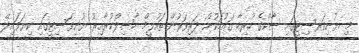
މި ޔުނިވަރސިޓީގައި ސާކްގެ ހުރިހާ ގައުމަކުން ދަރިވަރުން ތައުލީމް ހާސިލްކުރާއިރު ޔުނިވަސިޓީގައި ކިޔަވައިދޭ